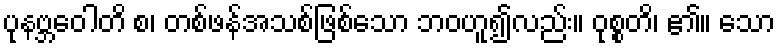
ပုနဗ္ဘဝေါတိ စ၊ တစ်ဖန်အသစ်ဖြစ်သော ဘဝဟူ၍လည်း။ ဝုစ္စတိ၊ ၏။ သော